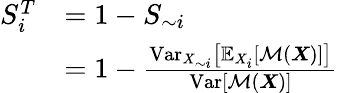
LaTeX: \begin{array}{rl}{S_{i}^{T}}&{=1-S_{\sim i}}\\ &{=1-\frac{\operatorname{Var}_{X_{\sim i}}\left[\mathbb{E}_{X_{i}}\left[\mathcal{M}\left(\boldsymbol{X}\right)\right]\right]}{\operatorname{Var}\left[\mathcal{M}\left(\boldsymbol{X}\right)\right]}}\end{array}